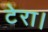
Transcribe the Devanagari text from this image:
टेरा।